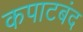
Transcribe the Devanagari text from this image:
कपाटबंद